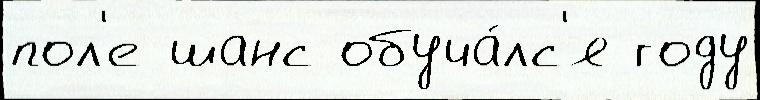
пол'е шанс обуча́лс'я году